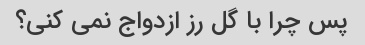
پس چرا با گل رز ازدواج نمی کنی؟